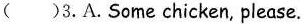
( )3. A.Some chicken, please.